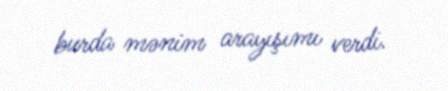
burda mənim arayışımı verdi.